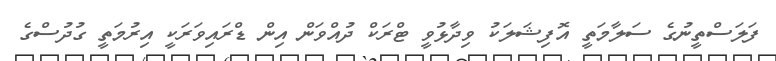
ފަލަސްތީނުގެ ސަލާމަތީ އޮފިޝަލަކު ވިދާޅުވީ ޓްރަކް ދުއްވަން އިން ޑްރައިވަރަކީ އިރުމަތީ ގުދުސްގެ